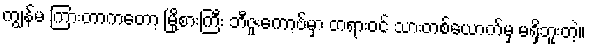
ကျွန်မ ကြားတာကတော့ မြို့စားကြီး ဘီဇူးကော့ဗ်မှာ တရားဝင် သားတစ်ယောက်မှ မရှိဘူးတဲ့။